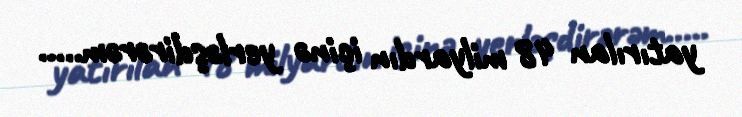
yatırılan 48 milyardın içinə yerləşdirərəm.....